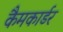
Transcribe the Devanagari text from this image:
कैमकार्डर